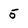
Character: 5